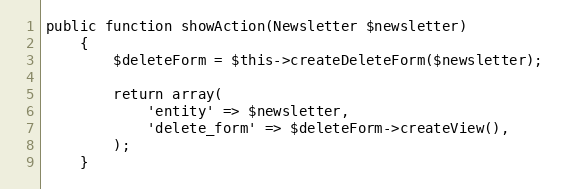
Language: PHP
public function showAction(Newsletter $newsletter)
    {
        $deleteForm = $this->createDeleteForm($newsletter);

        return array(
            'entity' => $newsletter,
            'delete_form' => $deleteForm->createView(),
        );
    }